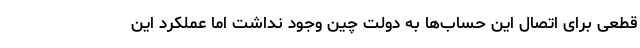
قطعی برای اتصال این حساب‌ها به دولت چین وجود نداشت اما عملکرد این